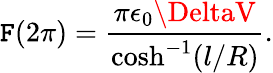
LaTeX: \mathtt{F}(2\pi)=\frac{{\pi\epsilon_{0}\DeltaV}}{{\cosh^{-1}(l/R)}}.